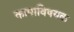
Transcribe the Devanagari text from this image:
कामाविषयक